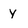
Character: y